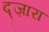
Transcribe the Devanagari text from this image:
द्ज़ारा